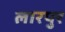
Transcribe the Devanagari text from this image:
लारपुर